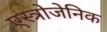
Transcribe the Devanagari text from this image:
एस्त्रोजेनिक